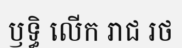
ឫទ្ធិ លើក រាជ រថ